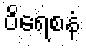
ဝိရေစနံ